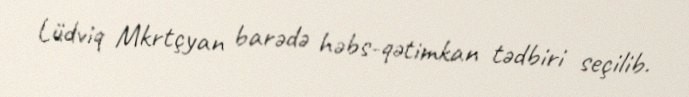
Lüdviq Mkrtçyan barədə həbs-qətimkan tədbiri seçilib.